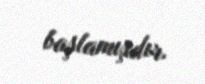
başlamışdır.